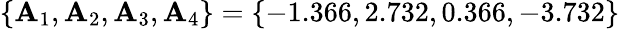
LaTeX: \{ \mathbf{A}_{1},\mathbf{A}_{2},\mathbf{A}_{3},\mathbf{A}_{4}\} =\{ -1.366,2.732,0.366,-3.732\}